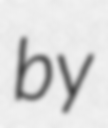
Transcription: by